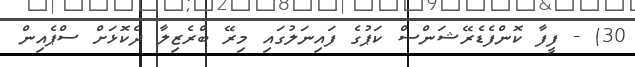
30) - ފީފާ ކޮންފެޑެރޭޝަންސް ކަޕުގެ ފައިނަލުގައި މިރޭ ބްރެޒިލާ ދެކޮޅަށް ސްޕެއިން